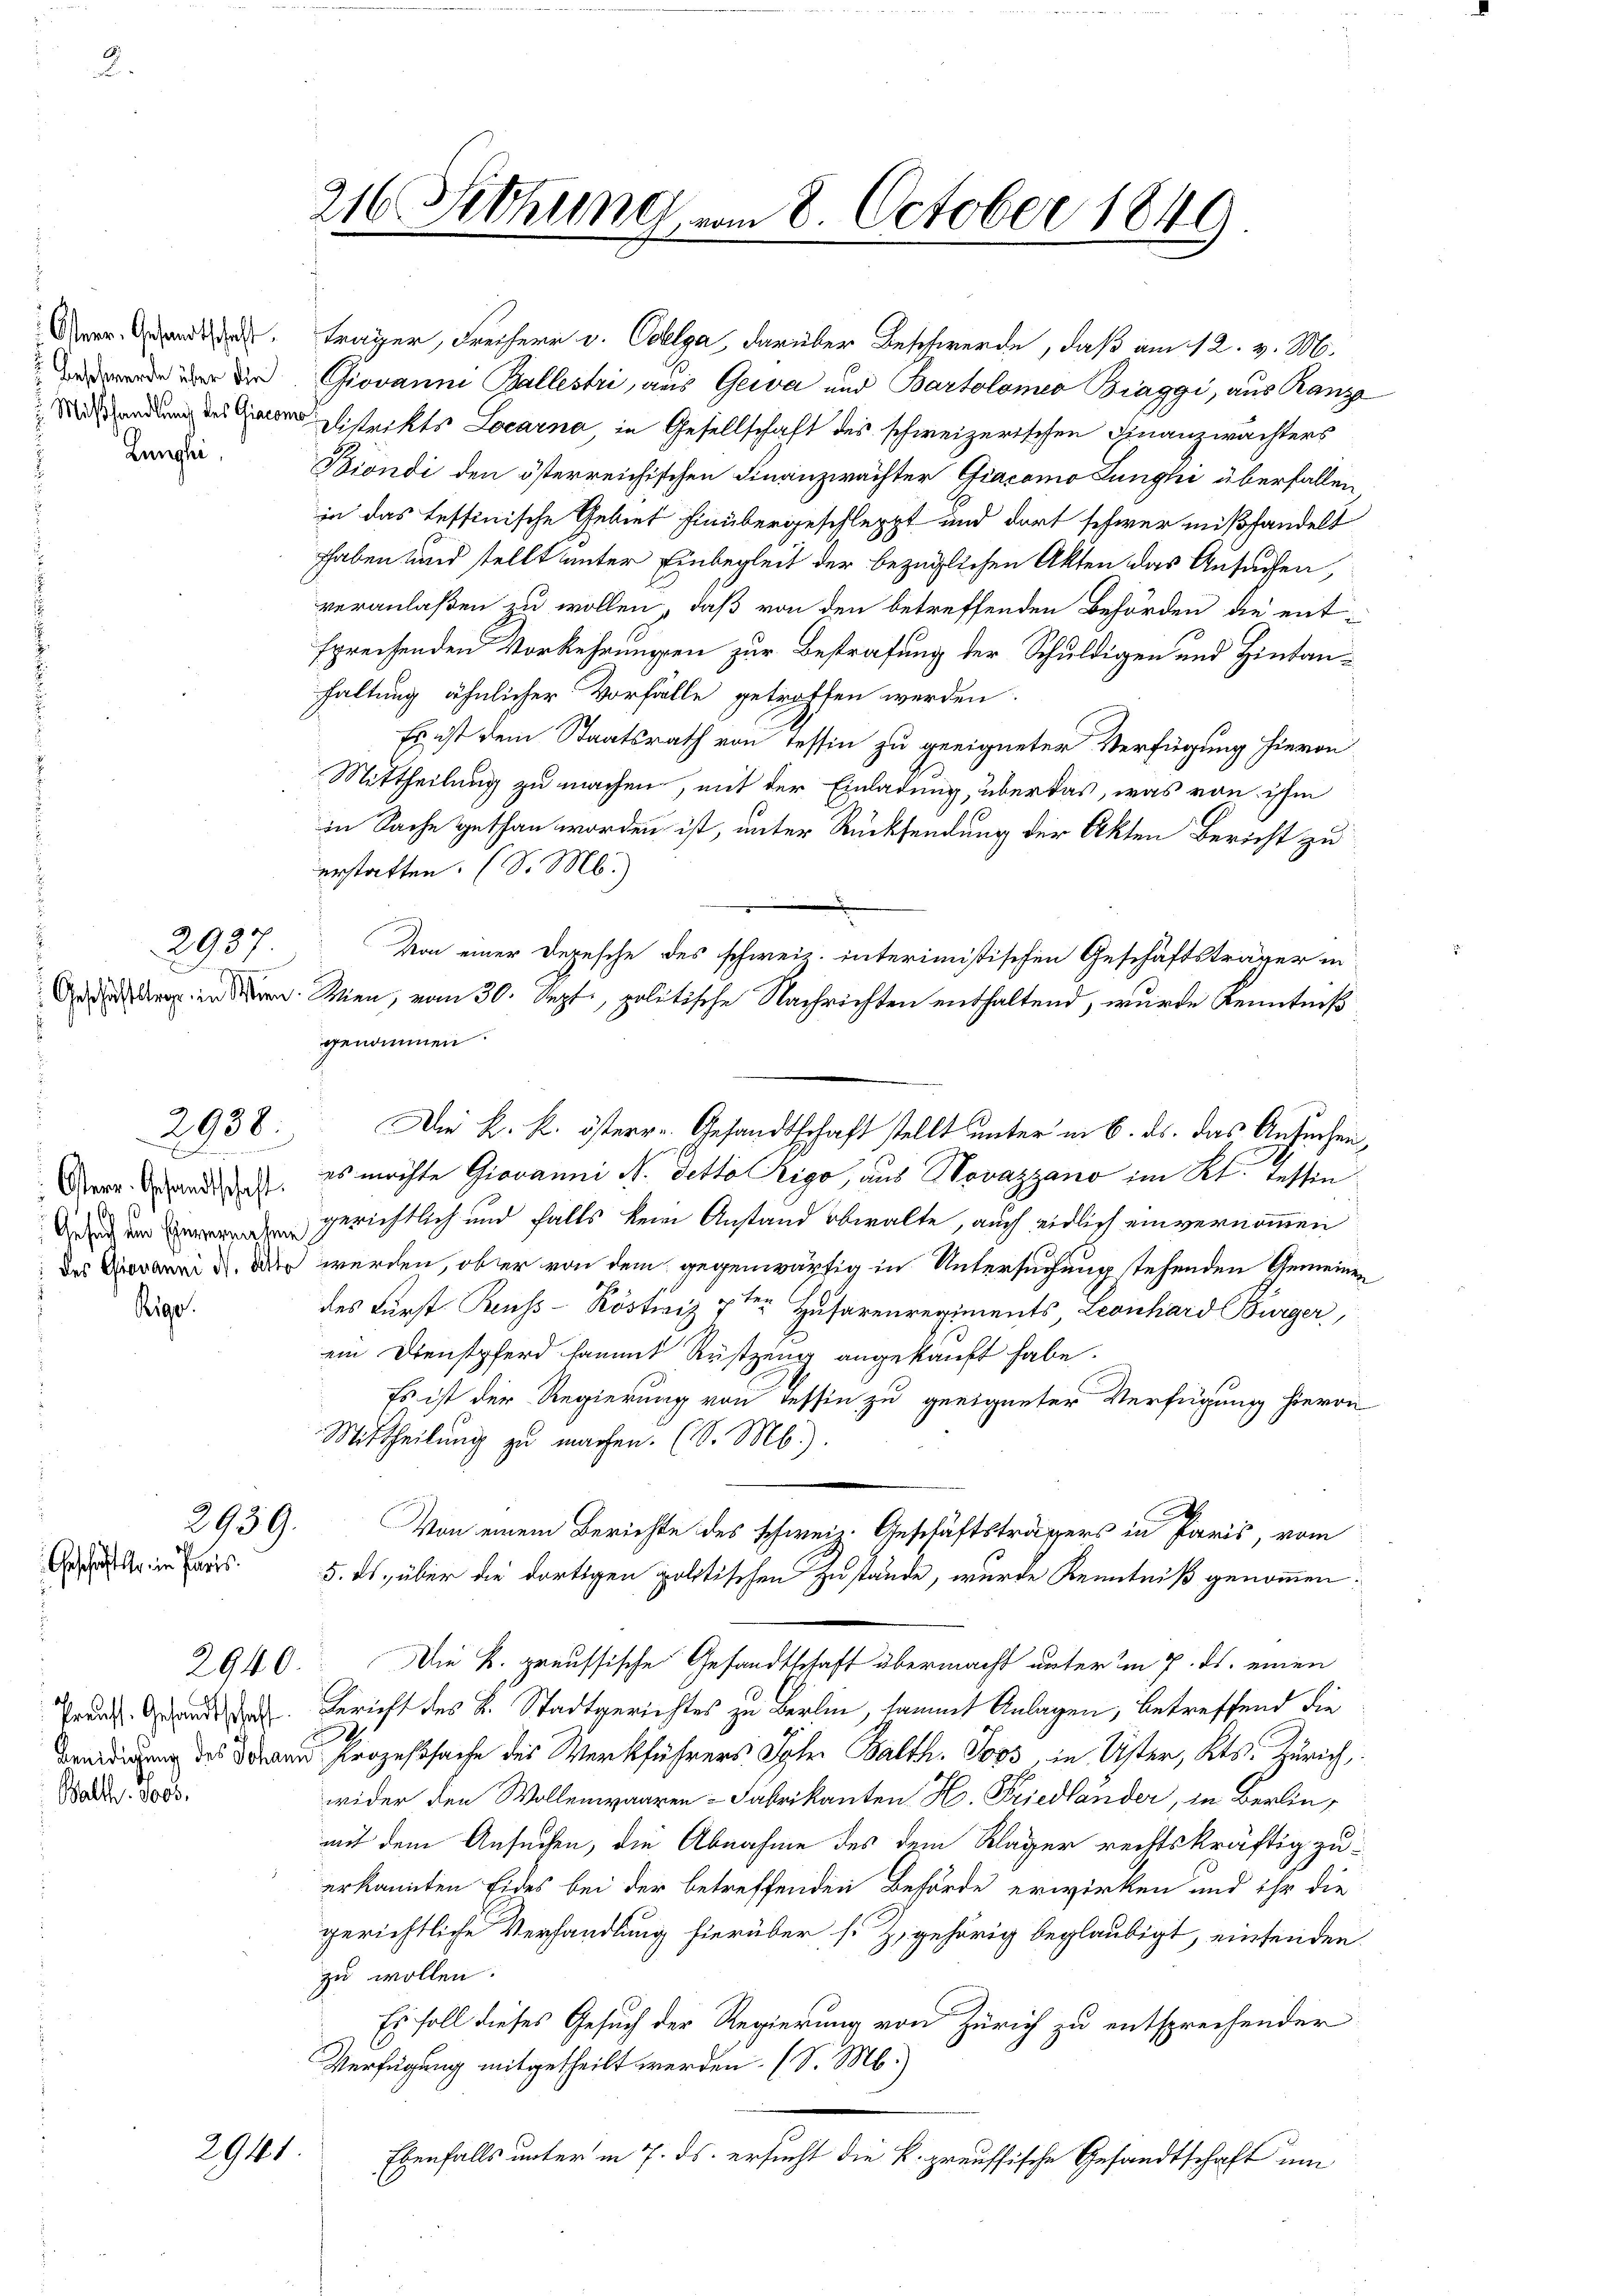
Österr.. Gesandtschaft.
 Beschwerden über die
Lunglei

.

Osterr. Gesandtschaft.
des Giovanni d. Atte

Rigo

2038:
f

2939.
Geschäfte in Paris.

Preuss. Gesandtschaft
Balth. Jos.

g des
7
295.

2941.

träger, Freiherr v. Coelga, darüber Beschwerde, daß am 12. v. M.
Giovanni Ballestri, aus Gewa und Bartolomeo Biaggi, aus Ranz
Asendung des Gener Distrikts Locarna, in Gesellschaft des schweizerischen Finanzwächters
Biondi den österreichischen Finanzwachter Giacomo Lunghi überfallen
in das tessinische Gebiet hinübergeschleppt und dort schwer mißhandelt
hhaben und stellt unter Einbegleit der bezüglichen Akten das Ansuchen,
veranlaßen zu wollen, daß von den betreffenden Behörden die ent-
spreisenden Vorkehrungen zur Bestrafung der Schuldigen und Hintanfaltung ähnlicher Vorfälle getroffen werden.
Es ist dem Staatsrath von Tessin zu geeigneter Verfügung hievon
Mittheilung zu machen, mit der Einladung, über das, was von ihm
in Sache gethan worden ist, unter Rücksendung der Akten Bericht zu
erstatten. (S. M.
Von einer Depesche des schweiz. interimistischen Geschäftsträger in
dei den der Wien, vom 30. Sept, politische Nachrichten enthaltend, wurde Kenntniß
genommen
es möchte Giovanni N. Tetto Rigo, aus Novazzano im Kt. Tessin
gerichtlich und falls kein Anstand obwalte, auch eidlich einvernommen
 werden, ob er von dem gegenwärtig in Untersuchung stehenden Gemeinen
des Fürst Reuss-Röstiniz 7ten Husarenregiments, Leonhard Bürger,
ein Dienstpferd sammt Rüstzeug angekauft habe.
Es ist der Regierung von Tessin zu geeigneter Verfügung hievon
Mittheilung zu machen. (S. Mb.).
Von einem Berichte des schweiz. Geschäftsträgers in Paris, vom
5. ds. über die dortigen politischen Zustände, wurde Kenntniß genommen:
2940. Die k. preussische Gesandtschaft übermacht unter im 7. ds. einen
Gericht des L. Stadtgerichtes zu Berlin, sammt Anlagen, betreffend die
 sache des Werkführers Joh. Balth. So in Uster, Kts. Zürich,
wider den Wollenwaaren - Fabrikanten H. Friedländer, in Berlin,
mit dem Ansuchen, die Abnahme des dem Kläger rechtskräftig zuerkannten Eides bei der betreffenden Behörde erwirken und ihr die
gerichtliche Verhandlung hierüber s. Z. gehörig beglaubigt, einsenden.
zu wollen.
Es soll dieses Gesuch der Regierung von Zürich zu entsprechender
Verfügung mitgetheilt werden. (S. M.)
Ebenfalls unter in 7. ds. ersucht die k. preussische Gesandtschaft um

216. Sitzung vom 8. October 1849

Die k. k. österre Gesandtschaft stellt unter in 6. ds. das Ansuchen,